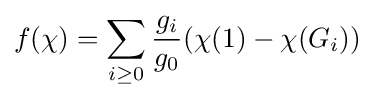
f(\chi )=\sum _{i\geq 0}{\frac {g_{i}}{g_{0}}}(\chi (1)-\chi (G_{i}))